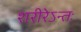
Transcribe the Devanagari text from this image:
शरीरेऽन्तः